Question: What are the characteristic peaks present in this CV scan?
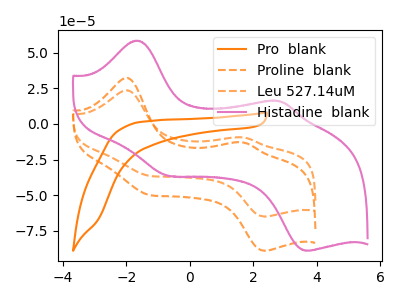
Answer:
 <answer>The orange curve "Pro  blank" has no peaks. The orange dashed curve "Proline  blank" has anodic peaks at (-1.95V, 32.30uA) (1.65V, -12.90uA) and cathodic peaks at (-1.30V, -49.65uA) (2.35V, -88.95uA). The orange dashed curve "Leu 527.14uM" has anodic peaks at (-1.95V, 23.60uA) (1.65V, -9.40uA) and cathodic peaks at (-1.30V, -36.25uA) (2.35V, -64.95uA). The pink curve "Histadine  blank" has anodic peaks at (-1.65V, 58.40uA) (2.85V, 15.95uA) and cathodic peaks at (-0.70V, -36.20uA) (3.75V, -88.90uA).</answer>
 <eval></eval>